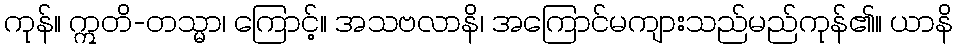
ကုန်။ ဣတိ-တသ္မာ၊ ကြောင့်။ အသဗလာနိ၊ အကြောင်မကျားသည်မည်ကုန်၏။ ယာနိ